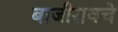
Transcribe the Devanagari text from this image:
बाजीरावचे